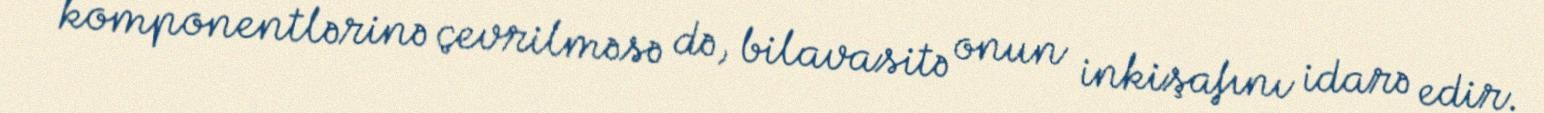
komponentlərinə çevrilməsə də, bilavasitə onun inkişafını idarə edir.